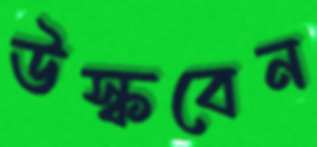
উস্‌কবেন